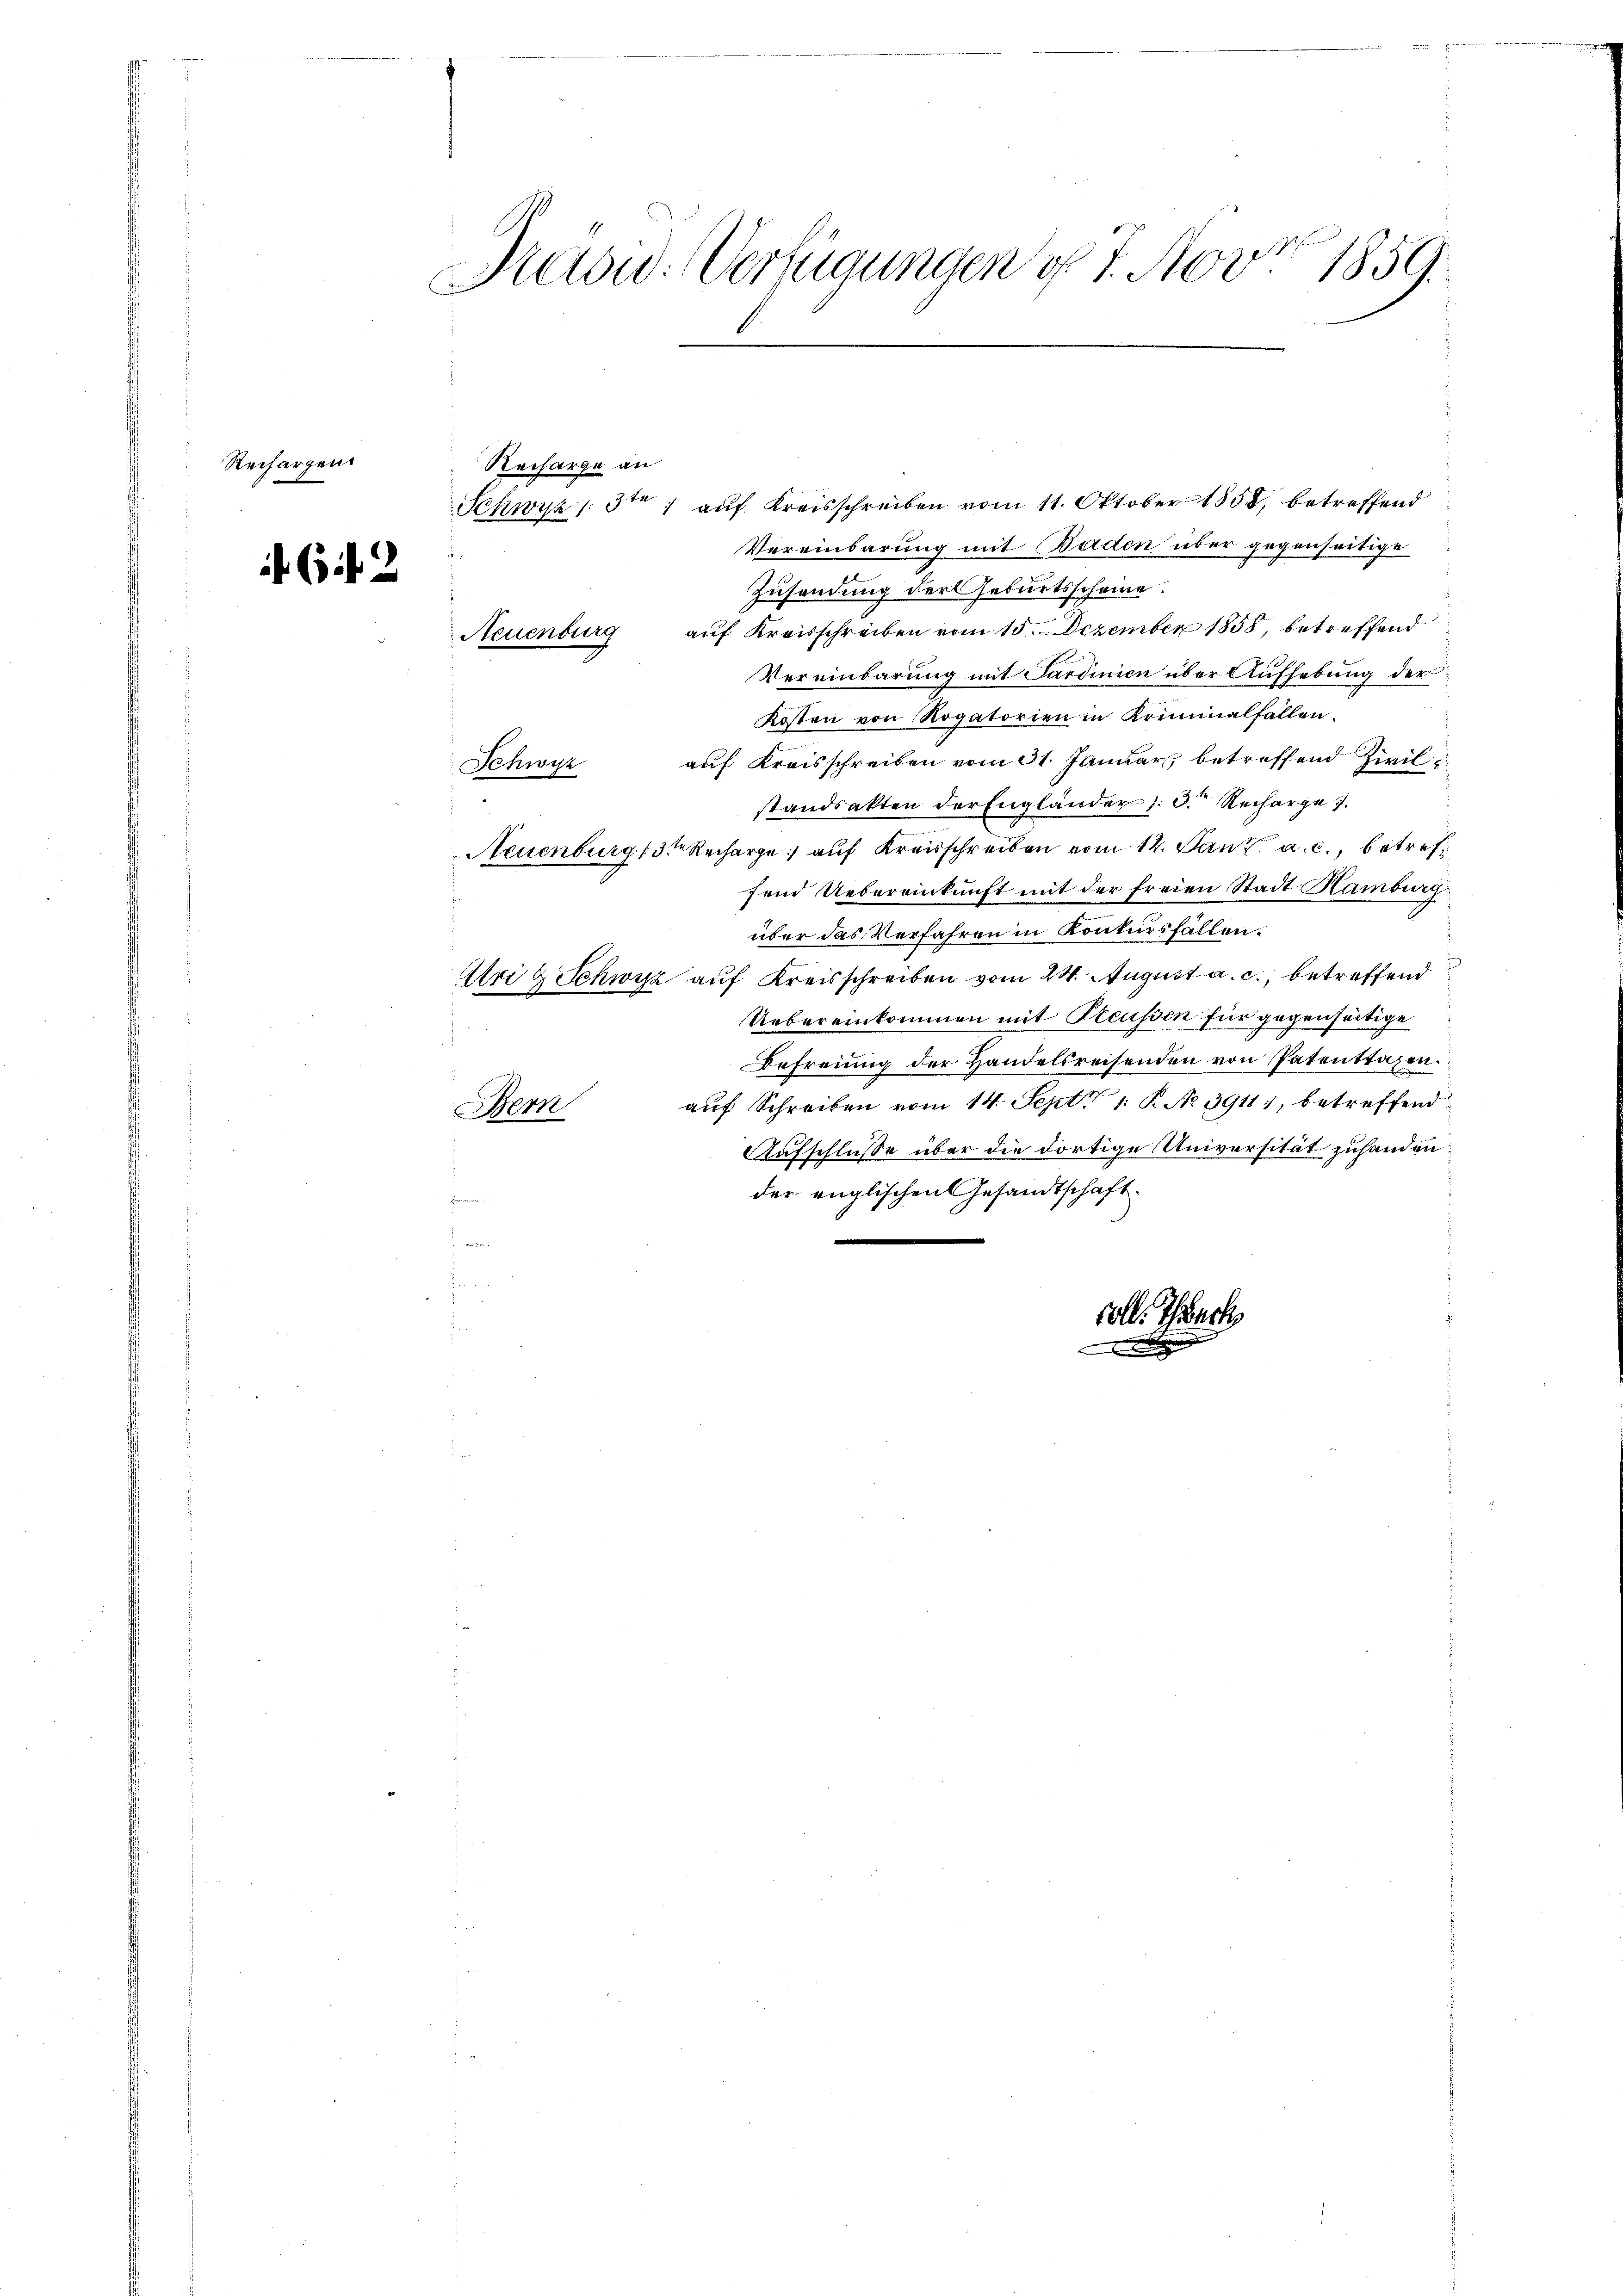
Rechargen

(2

Kasw: Verfügungen d. 7. Nov. 1859.

Schwyz 13te ; auf Kreisschreiben vom 11. Oktober 1858, betreffend
Vereinbarung mit Baden über gegenseitige
Zusendung der Geburtsscheine.
Neuenburg aŭf Kreisschreiben vom 15. Dezember 1858, betreffend
Vereinbarung mit Sardinien über Aufhebung der
Kosten von Rogatorien in Kriminalfallen.
Schwyz auf Kreisschreiben vom 31. Januar betreffend Zivil
standsakten der Engländer D. Recharge
Neuenburg 13ten Recharge auf Kreisschreiben vom 12. Jan. a. c., betreffend Uebereinkunft mit der freien Stadt Hamburg.
über das Verfahren in Konkursfällen.
Uri & Schwyz auf Kreisschreiben vom 24. August a. c., betreffend
Uebereinkommen mit Treussen für gegenseitige
Befreiung der Handelsreisenden von Patentragen.
auf Schreiben vom 14. Sept. 1 P. No. 3911, betreffend
Bern
Aufschlusse über die dortige Universität zuhanden.
der englischen Gesandtschaft.
soll. Thack

Recharge an